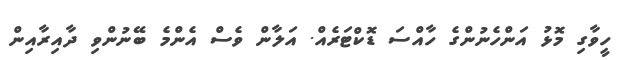
ހީވާގި މޮޅު އަންހެނުންގެ ހާއްސަ ޑޮކްޓަރެއް. އަލާން ވެސް އެންމެ ބޭނުންވި ދާއިރާއިން